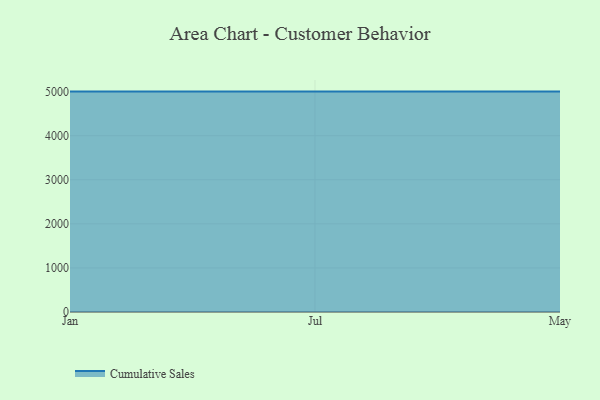
{"axis": {"x": "Month", "y": "Net Income (USD K)"}, "legend": ["Cumulative Sales"], "data": [{"x": "Jan", "y": 5000, "type": "Cumulative Sales"}, {"x": "Jul", "y": 5000, "type": "Cumulative Sales"}, {"x": "May", "y": 5000, "type": "Cumulative Sales"}]}